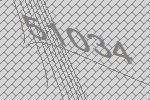
51034